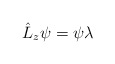
\begin{align*}\hat{L}_z \psi = \psi \lambda\end{align*}